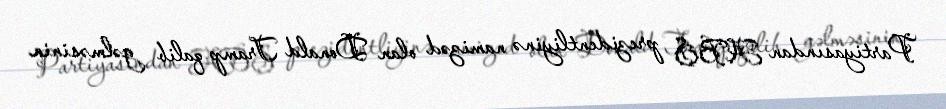
Partiyasından ABŞ prezidentliyinə namizəd olan Donald Tramp qalib gəlməsinin